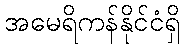
အမေရိကန်နိုင်ငံရှိ